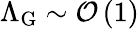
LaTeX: \Lambda_{\textrm{G}}\sim\mathcal{O}\left(1\right)